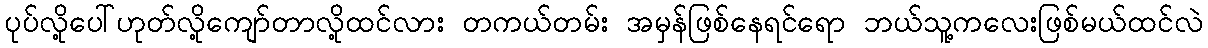
ပုပ်လို့ပေါ်ဟုတ်လို့ကျော်တာလို့ထင်လား တကယ်တမ်း အမှန်ဖြစ်နေရင်ရော ဘယ်သူ့ကလေးဖြစ်မယ်ထင်လဲ